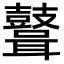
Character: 𪔪